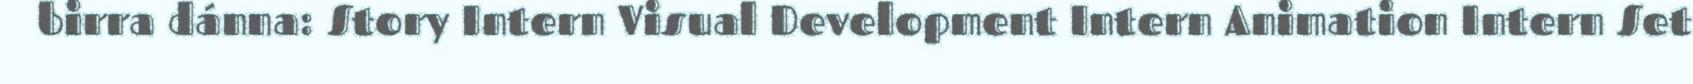
birra dánna: Story Intern Visual Development Intern Animation Intern Set